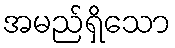
အမည်ရှိသော